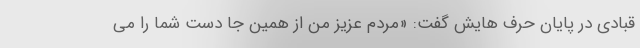
قبادی در پایان حرف هایش گفت: «مردم عزیز من از همین جا دست شما را می